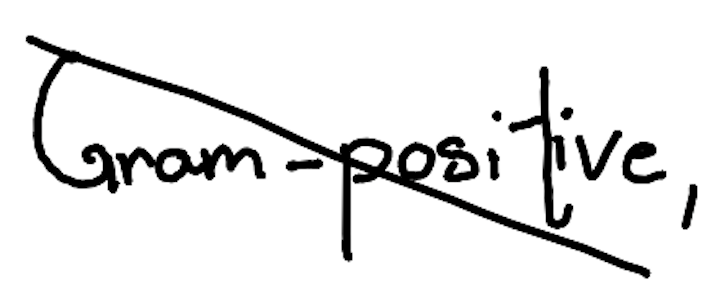
Text: Gram-positive,
Cross-out: mix
Writing tool: digital_black